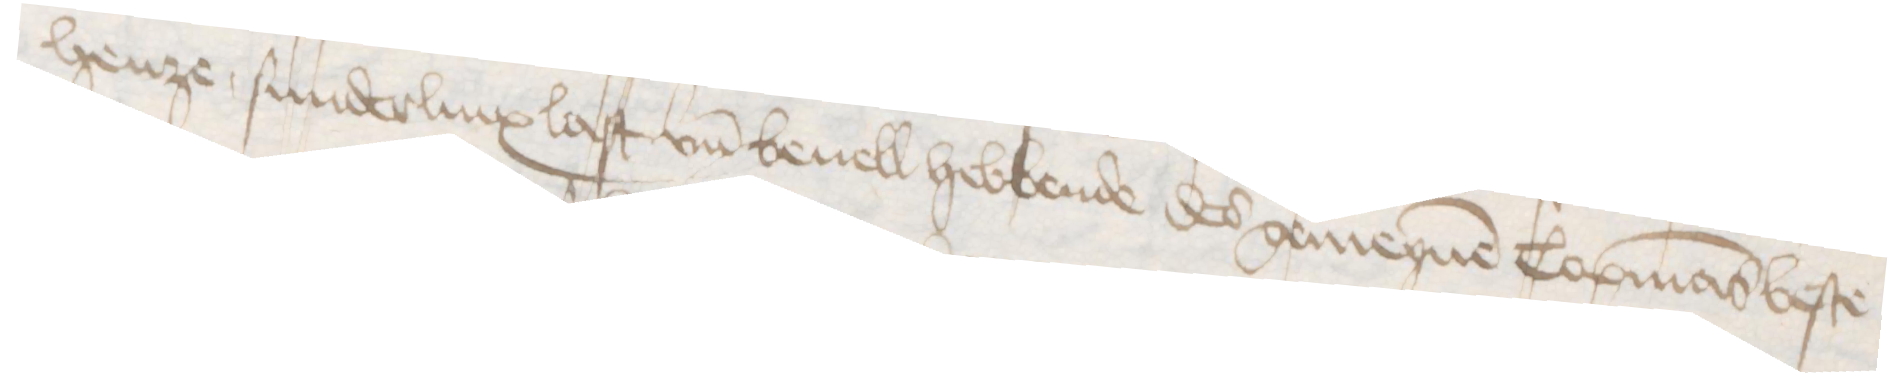
henze sunderlinx last un̄d beuell hebbende des gemeynen Copmans beste